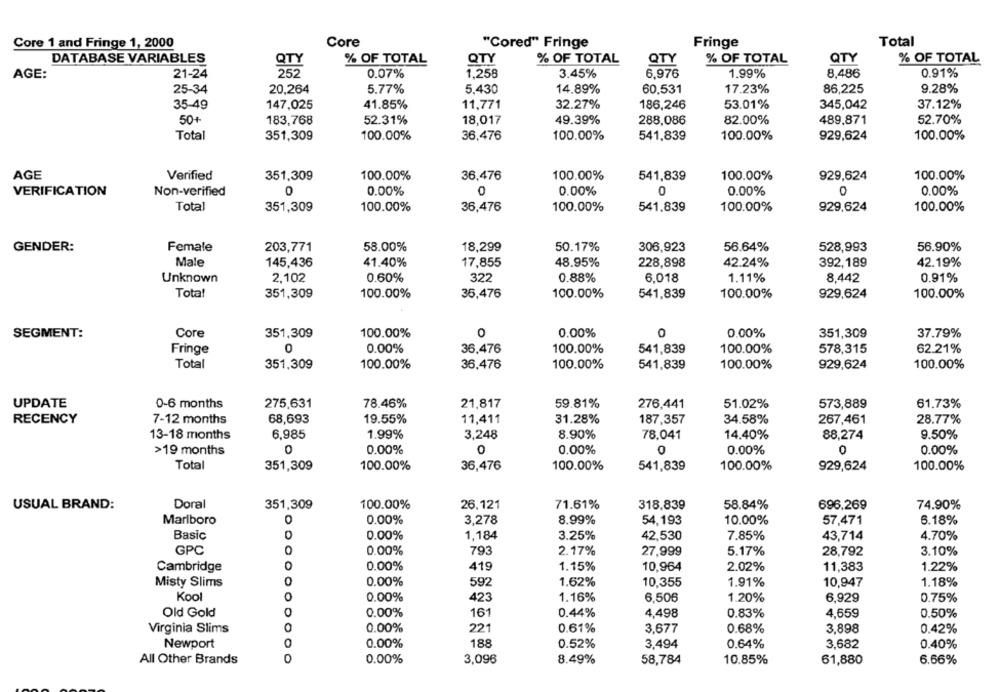
Total
Core 1 and Fringe 1, 2000
Core
"Cored" Fringe
Fringe
DATABASE VARIABLES
% OF TOTAL
QTY
% OF TOTAL
QTY
% OF TOTAL
QTY
% OF TOTAL
AGE:
21-24
252
0.07%
1,258
3.45%
6,976
1.99%
8.486
0.91%
25-34
20.264
5.77%
5.430
14.89%
60.531
17.23%
86,225
9.28%
35-49
147,025
41.85%
11,771
32.27%
186,246
53.01%
345,042
37.12%
50+
183,768
52.31%
18,017
49.39%
288,086
82.00%
489,871
52.70%
Total
351,309
100.00%
36,476
100.00%
541,839
100.00%
929,624
100.00%
AGE
Verified
351,309
100.00%
36,476
100.00%
541,839
100.00%
929,624
100.00%
VERIFICATION
Non-verified
0
0.00%
0
0.00%
0
0.00%
0.00%
Total
351,309
100.00%
36,476
100.00%
541.839
100.00%
929,624
100.00%
GENDER:
Female
203,771
58.00%
18,299
50.17%
306,923
56.64%
528,993
56.90%
Male
145,436
41.40%
17,855
48.95%
228,898
42.24%
392,189
42.19%
322
Unknown
2.102
0.60%
0.88%
6,018
1.11%
8,442
0.91%
Total
351,309
100.00%
35,476
100.00%
541,839
100.00%
929,624
100.00%
0
0
SEGMENT:
Core
351,309
100.00%
0.00%
0.00%
351,309
37.79%
Fringe
0
0.00%
36.476
100.00%
541,839
100.00%
578,315
62.21%
Total
351,309
100.00%
36,476
100.00%
541,839
100.00%
929,624
100.00%
UPDATE
0-6 months
275,631
78.46%
21,817
59.81%
276,441
51.02%
573,889
61.73%
RECENCY
7-12 months
68,693
19.55%
11,411
31.28%
187,357
34.58%
267,461
28.77%
13-18 months
6,985
1.99%
3,248
8.90%
78.041
14.40%
88,274
9.50%
>19 months
0.00%
0
0.00%
0.00%
0
0.00%
Total
351,309
100.00%
36,476
100.00%
541,839
100.00%
929,624
100.00%
Doral
351,309
100.00%
26,121
71.61%
58.84%
696.269
74.90%
USUAL BRAND:
318,839
0.00%
Marlboro
0
3,278
8.99%
54,193
10.00%
57,471
6.18%
Basic
0.00%
1,184
3.25%
42,530
7.85%
43,714
4.70%
GPC
O
0.00%
793
2.17%
27,999
5.17%
28,792
3.10%
Cambridge
0.00%
419
1.15%
10,964
2.02%
11,383
1.22%
Misty Slims
0.00%
592
1.62%
10,355
1.91%
10,947
1.18%
Kool
O
0.00%
423
1.16%
6,506
1.20%
6,929
0.75%
Old Gold
0
0.00%
161
0.44%
4.498
0.83%
4,659
0.50%
Virginia Slims
0.00%
221
0.61%
3,677
0.68%
3,898
0.42%
Newport
O
0.00%
188
0.52%
0.64%
3,682
0.40%
3,494
All Other Brands
0
0.00%
3,096
8.49%
58,784
10.85%
61,880
6.66%